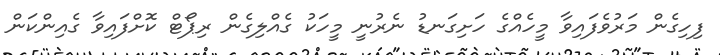
ފިހިގެން މަރުވެފައިވާ މީހެއްގެ ހަށިގަނޑު ނެރުނީ މީހަކު ގެއްލިގެން ރިޕޯޓް ކޮށްފައިވާ ގެއިންކަން